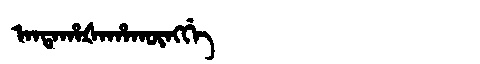
Manchu: ᠠᠨᡨᠠᡥᠠᡧᠠᡥᠠᡴᡡᠩᡤᡝ
Romanization: ANTAHAŠAHAKŪNGGE